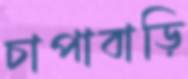
চাপাবাড়ি